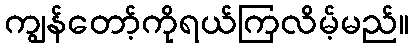
ကျွန်တော့်ကိုရယ်ကြလိမ့်မည်။